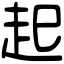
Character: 起